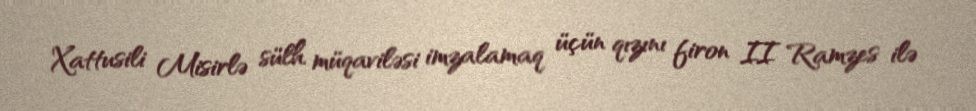
Xattusili Misirlə sülh müqaviləsi imzalamaq üçün qızını firon II Ramzes ilə